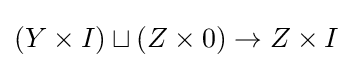
(Y\times I)\sqcup (Z\times 0)\to Z\times I